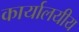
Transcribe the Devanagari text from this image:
कार्यालयीय